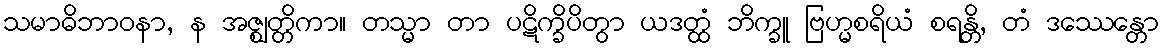
သမာဓိဘာဝနာ, န အဇ္ဈတ္တိကာ။ တသ္မာ တာ ပဋိက္ခိပိတွာ ယဒတ္ထံ ဘိက္ခူ ဗြဟ္မစရိယံ စရန္တိ, တံ ဒဿေန္တော